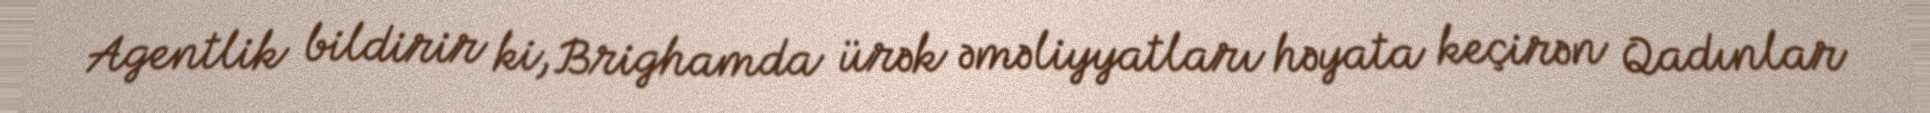
Agentlik bildirir ki, Brighamda ürək əməliyyatları həyata keçirən Qadınlar